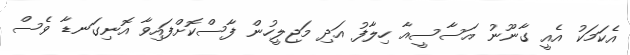
އެކަމަކު އެއީ ގާނޫނު އަސާސީއާ ހިލާފު އަދި މަޖިލީހުން ފާސްކޮށްފައިވާ އޮނިގަނޑާ ވެސް